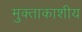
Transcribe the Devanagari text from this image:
मुक्ताकाशीय